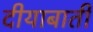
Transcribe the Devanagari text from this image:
दीयाबाती